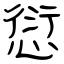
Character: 愆